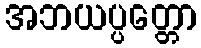
အဘယပ္ပတ္တော